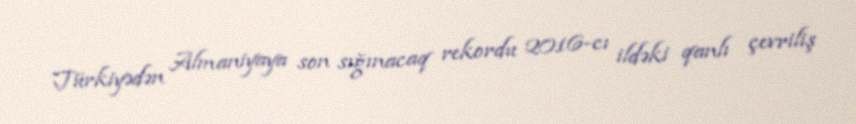
Türkiyədən Almaniyaya son sığınacaq rekordu 2016-cı ildəki qanlı çevriliş